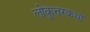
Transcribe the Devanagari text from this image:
लोकुत्तरकथा